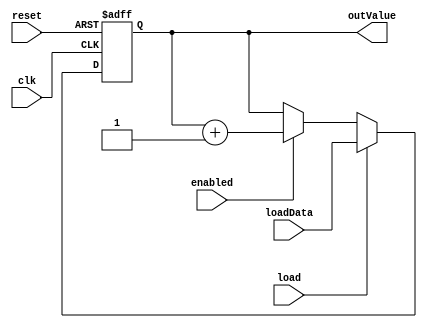
/*

Este ejercicio est implementado completo en 1 slo archivo .v

Los 3 primeros mdulos que componen el ejercicios son (casi) los mismos de los ejercicios
de los laboratorios anteriores.

El ltimo mdulo implementa los primeros 3 y luego los conecta con 'wires'.

*/

module counter (input clk, reset, enabled, load, input [11:0] loadData, output reg [11:0] outValue);

    always @ (posedge clk, posedge reset) begin
        if (reset)
            outValue <= 12'b0;
        else if (load)
            outValue <= loadData;
        else if (enabled)
            outValue <= outValue + 1;
    end

endmodule

module ROM (input [11:0] address, output [7:0] data);

    reg [7:0] memory [0:4096];
    
    initial
        $readmemb("memory.list", memory);
    
    assign data = memory[address];

endmodule

module FF_D (input clk, reset, enabled, input [7:0] D, output reg [7:0] Q);

    always @ (posedge clk, posedge reset)
        if (reset)
            Q <= 8'b0000;
        else if (enabled)
            Q <= D;
    
endmodule

module ej01(input clk, reset, enCounter, enFetch, load,
            input [11:0] counter12bit,
            output [3:0] instr, oprnd,
            output [7:0] program_byte);
    
    
    wire [11:0] PC;
    
    // puertos de 'counter' -> input clk, reset, enabled, load, input [11:0] loadData, output reg [11:0] outValue
    counter U1(.clk(clk), .reset(reset), .enabled(enCounter), .load(load), .loadData(counter12bit), .outValue(PC));
    // puertos de 'ROM' -> input [11:0] address, output [7:0] data
    ROM U2 (PC, program_byte);
    // puertos de 'FF_D' -> input clk, reset, enabled, input [7:0] D, output reg [7:0] Q
    FF_D U3 (clk, reset, enFetch, program_byte, {instr, oprnd});
    
endmodule